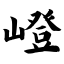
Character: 嶝